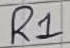
Text: R1